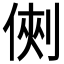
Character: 𠋙